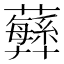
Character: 𧄫